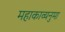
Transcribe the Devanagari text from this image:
महाकाव्यनुमा